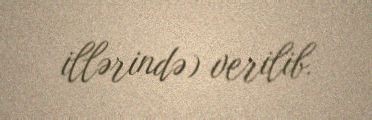
illərində) verilib.